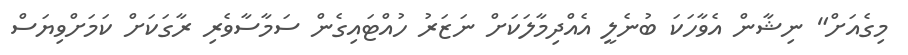
މިގެއަށް" ނިޝާން އެވާހަކަ ބުނެލީ އެއްދިމާލަކަށް ނަޒަރު ހުއްޓައިގެން ސަމާސާވެރި ރާގަކަށް ކަމަށްވިޔަސް